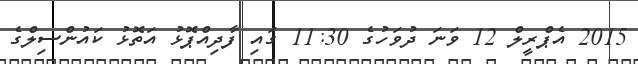
2015 އެޕްރީލް 12 ވަނަ ދުވަހުގެ 11:30 ގައި ފާދިއްޕޮޅު އަތޮޅު ކައުންސިލްގެ